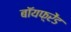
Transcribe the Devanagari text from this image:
बॉयफ़्रेंड